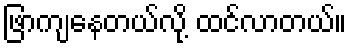
ဖြာကျနေတယ်လို့ ထင်လာတယ်။